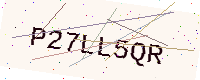
Text: P27LL5QR